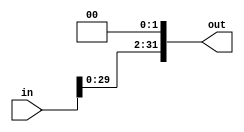
`timescale 1ns / 1ps
module ShiftLeft32Bit(in, out);

input [31:0] in;

output reg [31:0] out;

 always@(in)
 begin
 	out = in << 2;
 end
 endmodule